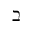
\beth